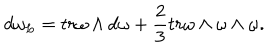
LaTeX: d \omega _ { L } = t r \omega \wedge d \omega + \frac { 2 } { 3 } t r \omega \wedge \omega \wedge \omega .